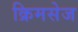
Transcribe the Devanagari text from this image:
क्रिमसेज